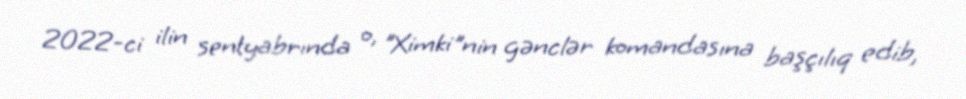
2022-ci ilin sentyabrında o, "Ximki"nin gənclər komandasına başçılıq edib,